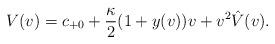
LaTeX: \begin{align*} V(v)=c_{+0}+\frac{\kappa}{2}(1+y(v))v+v^2\hat{V}(v).\end{align*}